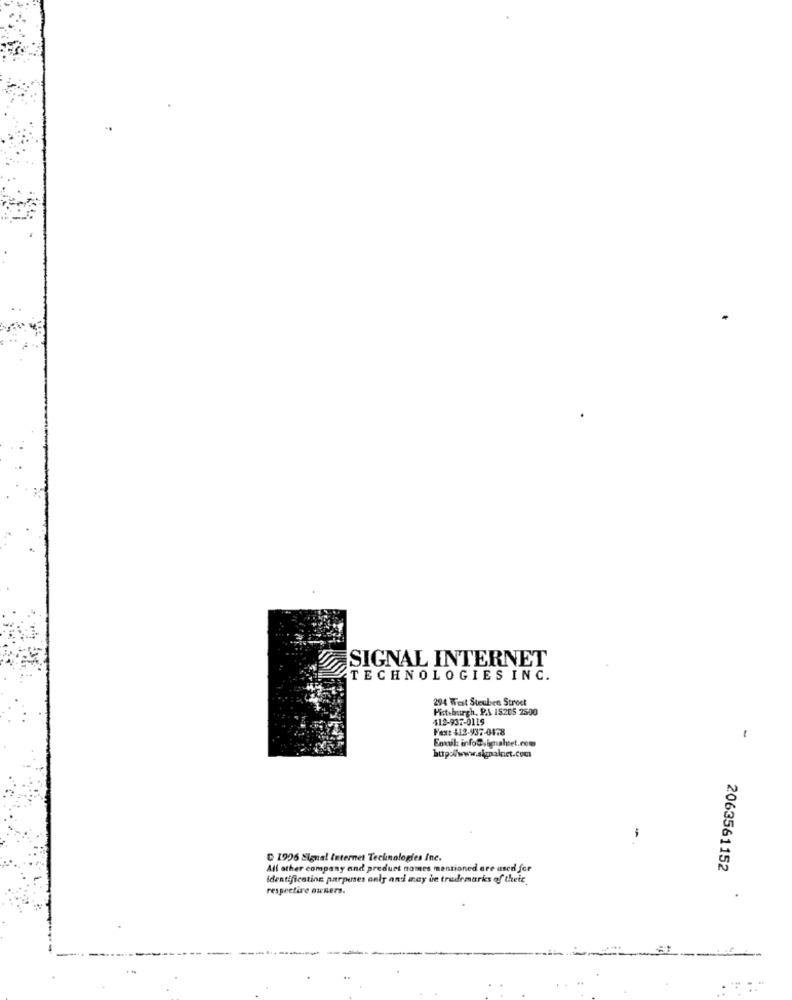
SIGNAL INTERNET
TECHNOLOGIES INC.
294 West Steuben Stroet
Pittsburgh, PA 15205 2500
412-937-0119
Fax: 412-937-0478
Enwul: info@.agalutet.com
-
1996 Signal Internet Technologies Inc.
All other company and product names mentioned are used for
2063561152
identification purposes only and may be trademarks of thete.
respective owners.